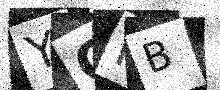
Text: YGPB